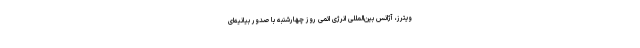
ویترز، آژانس بین‌المللی انرژی اتمی روز چهارشنبه با صدور بیانیه‌ای